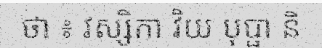
ថា ៖ វស្សិកា វិយ បុប្ផា និ